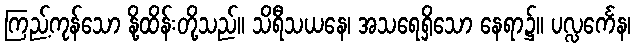
ကြည့်ကုန်သော နို့ထိန်းတို့သည်။ သိရီသယနေ၊ အသရေရှိသော နေရာ၌။ ပလ္လင်္ကေန၊